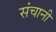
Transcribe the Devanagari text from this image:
संचानी